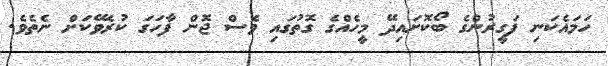
ހަމައެކަނި ފަގީރުންގެ ބޯކޮށައިދޭ މީހެއްގެ ގޮތުގައި ވެސް ޖޮން ފާހަގަ ކުރެވޭކަށް ނެތެވެ.